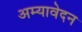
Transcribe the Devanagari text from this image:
अम्यावेदन